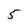
Character: 5